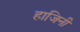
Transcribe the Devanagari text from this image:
हाजिनी